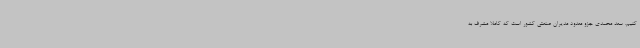
کنیم. سعد محمدی جزو معدود مدیران صنعتی کشور است که کاملاً مشرف به